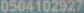
0504102927